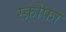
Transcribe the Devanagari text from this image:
स्क्रोफा